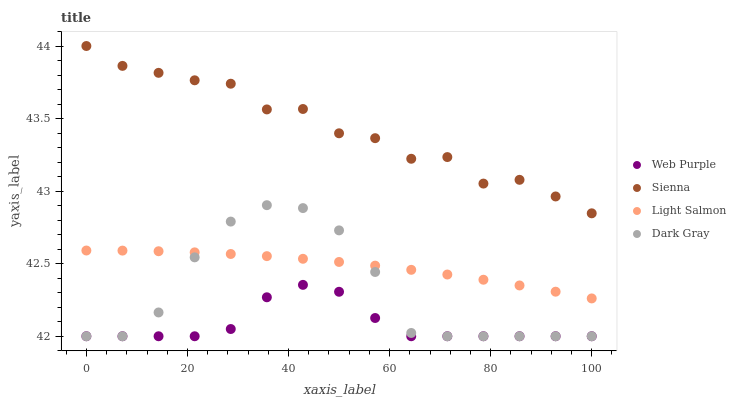
| xaxis_label | Web Purple | Sienna | Light Salmon | Dark Gray |
 | --- | --- | --- | --- | --- |
 | 0 | 42 | 44 | 42.6 | 42 |
 | 7.14 | 42 | 43.9 | 42.6 | 42 |
 | 14.3 | 42 | 43.8 | 42.6 | 42.2 |
 | 21.4 | 42 | 43.8 | 42.6 | 42.5 |
 | 28.6 | 42 | 43.7 | 42.6 | 42.8 |
 | 35.7 | 42.3 | 43.6 | 42.6 | 42.9 |
 | 42.9 | 42.4 | 43.6 | 42.5 | 42.9 |
 | 50 | 42.3 | 43.4 | 42.5 | 42.7 |
 | 57.1 | 42.1 | 43.4 | 42.5 | 42.4 |
 | 64.3 | 42 | 43.2 | 42.5 | 42 |
 | 71.4 | 42 | 43.2 | 42.4 | 42 |
 | 78.6 | 42 | 43.1 | 42.4 | 42 |
 | 85.7 | 42 | 43.1 | 42.4 | 42 |
 | 92.9 | 42 | 43 | 42.3 | 42 |
 | 100 | 42 | 42.8 | 42.3 | 42 |